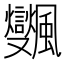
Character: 𩙜